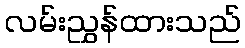
လမ်းညွှန်ထားသည်